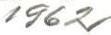
1962